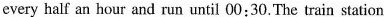
every half an hour and run until 00:30.The train station